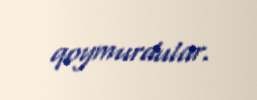
qoymurdular.